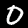
Digit: 0